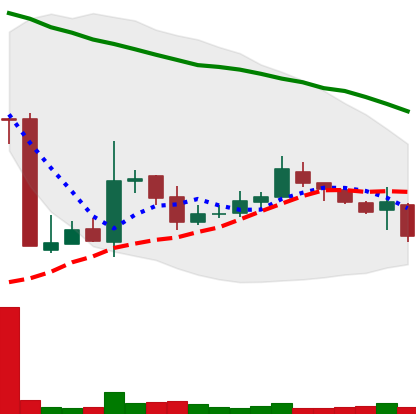
Ticker: XMR-USD
Chart end date: 2018-10-29
Forward return: 5.3%
Label: up_5_7